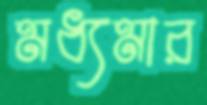
মধ্যমার